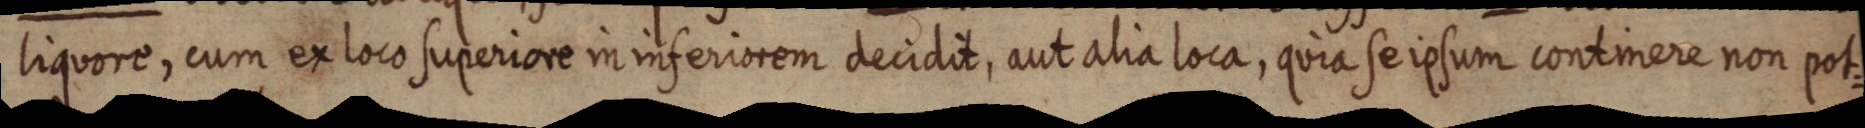
liquore cum ex loco superiore in inferiorem decidit, aut alia loca, quia se ipsum continuere non pot